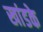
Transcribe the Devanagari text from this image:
खांडके